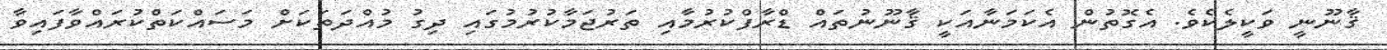
ޤާނޫނީ ވަކީލެކެވެ. އެގޮތުން އެކަމަނާއަކީ ޤާނޫނުތައް ޑްރާފްކުރުމާއި ތަރުޖަމާކުރުމުގައި ދިގު މުއްދަތަކަށް މަސައްކަތްކުރައްވާފައިވާ